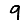
Digit: 9